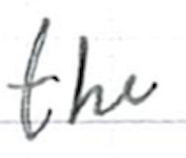
Text: the
Cross-out: clean
Writing tool: ballpoint